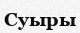
Суыры